Report on malaria in the Punjab during the year ...  together with an account of the work of the Punjab Malaria Bureau - Volume 3
Disease focus: Malaria
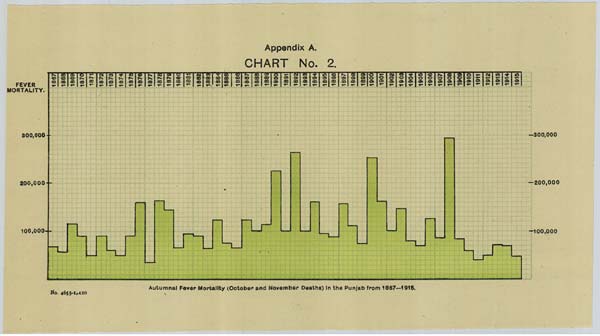
Appendix A.
CHART No. 2.
Autumnal Fever Mortality (October and November Deaths) in the Punjab from 1867—1915.
No. 4655-1=420